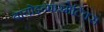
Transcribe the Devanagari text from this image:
बायोइन्फरमेटिक्स